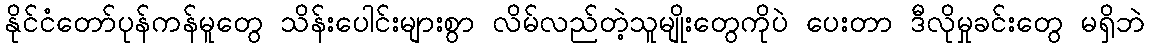
နိုင်ငံတော်ပုန်ကန်မူတွေ သိန်းပေါင်းများစွာ လိမ်လည်တဲ့သူမျိုးတွေကိုပဲ ပေးတာ ဒီလိုမှုခင်းတွေ မရှိဘဲ